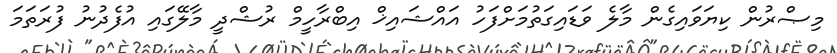
މިޞްރުން ކިޔަވައިގެން މާލެ ވަޑައިގަތުމަށްފަހު އައްޝައިޚް އިބްރާހީމް ރުޝްދީ މާލޭގައި އުފެދުނު ފުރަތަމަ